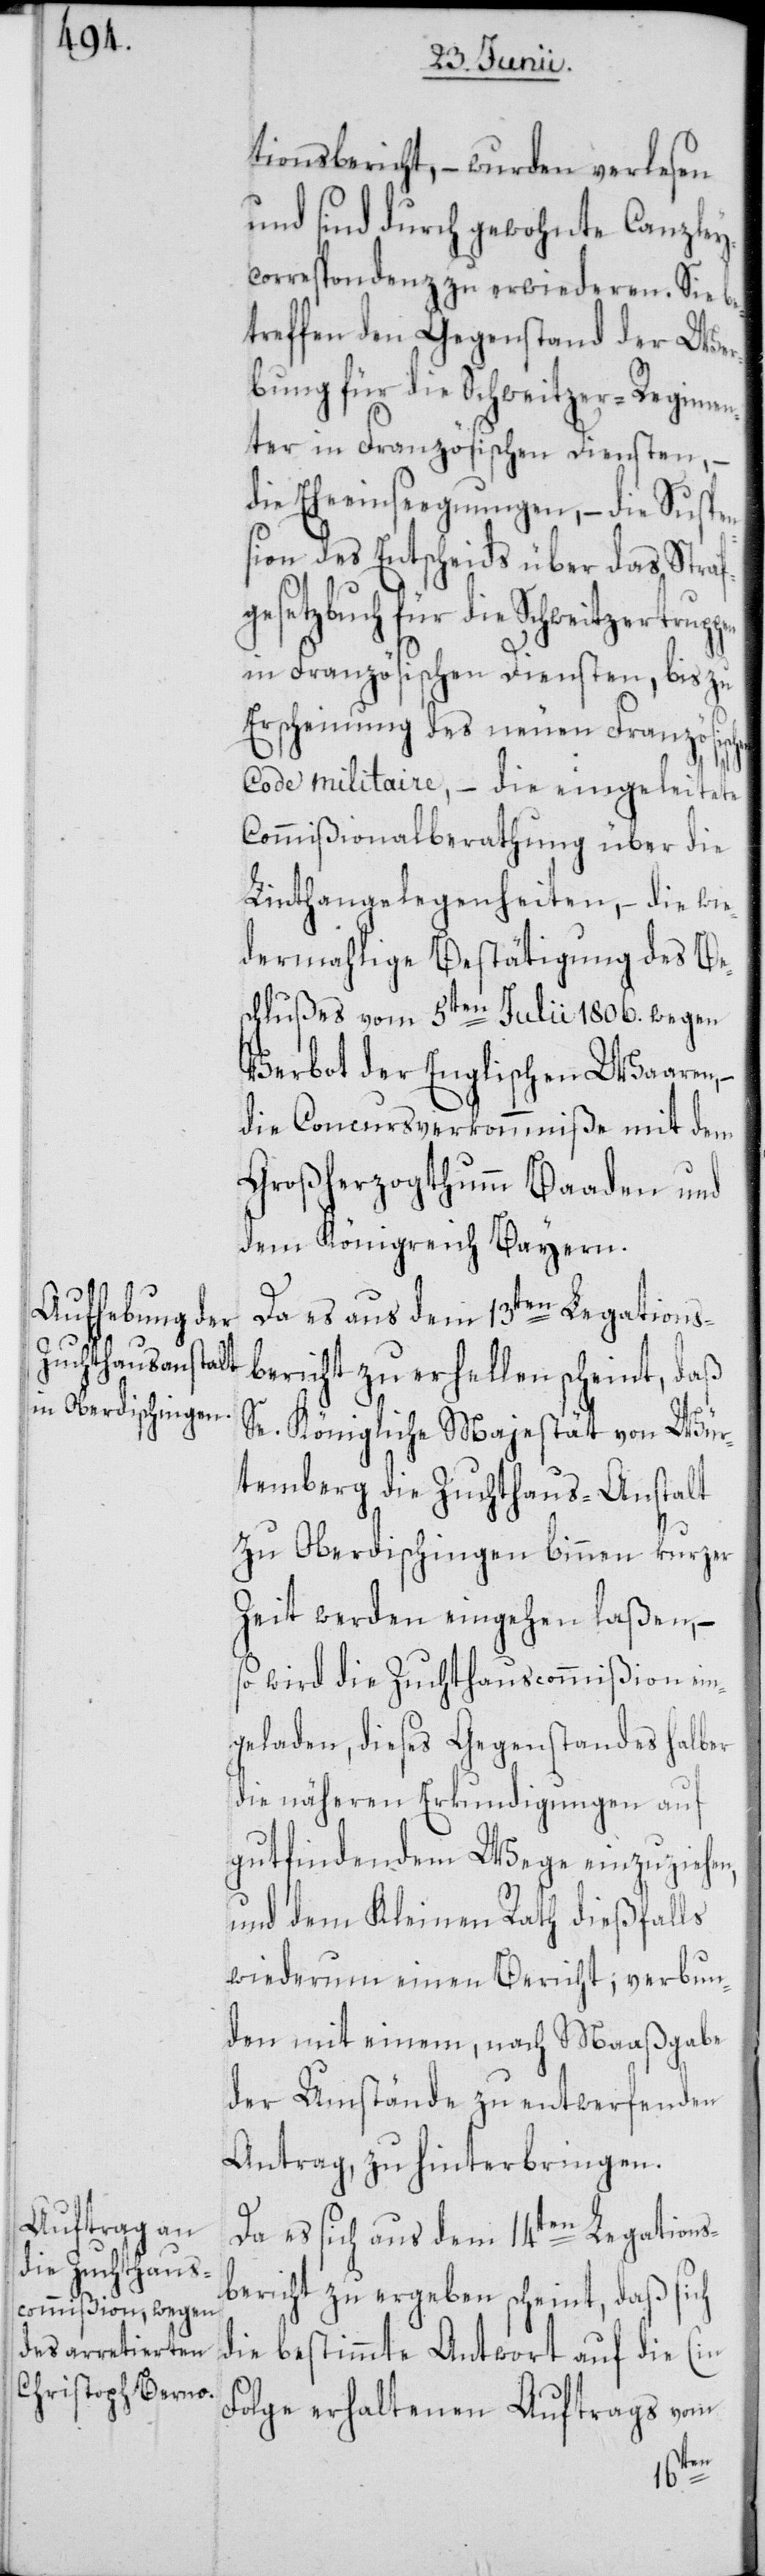
tionsbericht, – wurden verlesen
und sind durch gewohnte Canzley¬
correspondenz zu erwiederen. Sie be¬
treffen den Gegenstand der Wer¬
bung für die Schweitzer-Regimen¬
ter in Französischen Diensten, –
die Eheeinseegnungen, – die Suspen¬
sion des Entscheids über das Straf¬
gesetzbuch für die Schweitzertrupp¬
in Französischen Diensten, bis zu
Erscheinung des neuen Französischen
Code militaire, – die eingeleitete
Commißionalberathung über die
Linthangelegenheiten, – die wie¬
dermahlige Bestätigung des Be¬
schlußes vom 5ten Julii 1806. wegen
Verbot der Englischen Waaren,
die Concursverkommniße mit dem
Großherzogthumm Baaden und
dem Königreich Bayern.
Da es aus dem 13ten Legations¬
bericht zu erhellen scheint, daß
Se. Königliche Majestät von Wür¬
temberg die Zuchthaus-Anstalt
zu Oberdischingen binnen kurzer
Zeit werden eingehen laßen, –
so wird die Zuchthauscommißion ein¬
geladen, dieses Gegenstandes halber
die näheren Erkundigungen auf
gutfindendem Wege einzuziehe¬
und dem Kleinen Rath dießfalls
wiederum einen Bericht, verbun¬
den mit einem, nach Maaßgabe
der Umstände zu entwerfenden
Antrag, zu hinterbringen.
Da es sich aus dem 14ten Legations¬
bericht zu ergeben scheint, daß sich
die bestimmte Antwort auf die (in
Folge erhaltenen Auftrags vom
n,